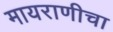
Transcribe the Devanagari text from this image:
मायराणीचा